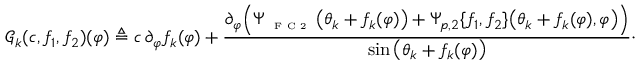
\mathscr { G } _ { k } ( c , f _ { 1 } , f _ { 2 } ) ( \varphi ) \triangleq c \, \partial _ { \varphi } f _ { k } ( \varphi ) + \frac { \partial _ { \varphi } \Big ( \Psi _ { \textnormal { \tiny { F C 2 } } } \big ( \theta _ { k } + f _ { k } ( \varphi ) \big ) + \Psi _ { p , 2 } \{ f _ { 1 } , f _ { 2 } \} \big ( \theta _ { k } + f _ { k } ( \varphi ) , \varphi \big ) \Big ) } { \sin \big ( \theta _ { k } + f _ { k } ( \varphi ) \big ) } \cdot